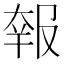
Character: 𡙈